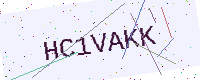
Text: HC1VAKK